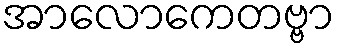
အာလောကေတဗ္ဗာ